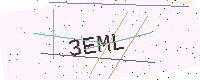
Text: 3EML